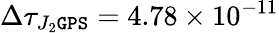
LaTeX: \Delta\tau_{J_{2}\tt GPS}=4.78\times 10^{-11}